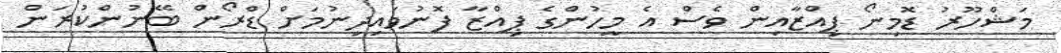
މަޝްހޫރު ޑޮމިނޯ ޕިއްޒާއިން ވެސް އެ މީހުންގެ ޕިއްޒާ ފޮނުވައިދިނުމަށް ޑްރޯން ބޭނުންކުރަން